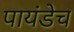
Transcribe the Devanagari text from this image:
पायंडेच